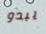
يبدو